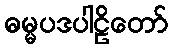
ဓမ္မပဒပါဠိတော်